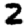
Digit: 2